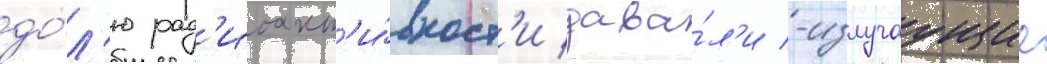
до́л'ю рад'иоакт'и́вност'и дава́л'и -излучаущие